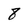
Character: 8